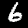
Label: 6